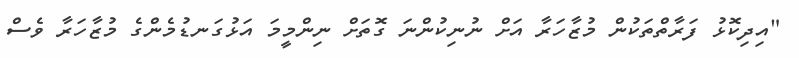
"އިދިކޮޅު ފަރާތްތަކުން މުޒާހަރާ އަށް ނުނިކުންނަ ގޮތަށް ނިންމީމަ އަޅުގަނޑުމެންގެ މުޒާހަރާ ވެސް